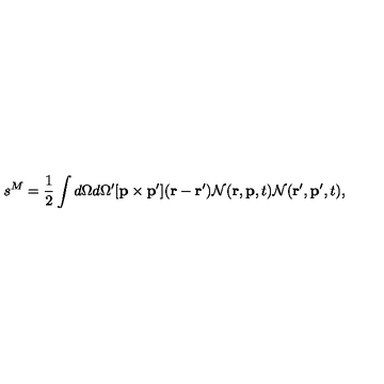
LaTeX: s ^ { M } = { \frac { 1 } { 2 } } \int d \Omega d \Omega ^ { \prime } [ { \bf p } \times { \bf p } ^ { \prime } ] ( { \bf r } - { \bf r } ^ { \prime } ) { \cal N } ( { \bf r } , { \bf p } , t ) { \cal N } ( { \bf r } ^ { \prime } , { \bf p } ^ { \prime } , t ) ,